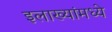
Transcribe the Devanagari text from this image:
इलाख्यांमध्ये